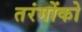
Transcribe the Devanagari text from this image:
तरंगोंको